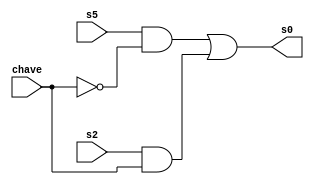

// Exemplo0034 - LU xnor e or e xor e nor
// Nome: Pedro Henrique H. Guedes

// f4_gate 

module cx1 (output [3:0] s0, 
			          input [3:0] s5, 
			          input [3:0] s2, 
			          input [3:0] chave); 
 assign s0 = (s5 & ~chave) | (s2 & chave); 
	endmodule // cx1
module cx2 (output [3:0] s1, 
			           input [3:0] s3, 
			           input [3:0] s4, 
			           input [3:0] chave); 
 assign s1 = (s3 & ~chave) | (s4 & chave); 
	endmodule // cx2
module orGate (output [3:0] s5, 
			  		input [3:0] w, 
			  		input [3:0] x); 
 assign s5 = (w | x);         
 	endmodule // orGate 
module xorGate (output [3:0] s2, 
			  		input [3:0] w, 
			  		input [3:0] x); 
 assign s2 = (w ^ x); 
	endmodule // xorGate 
module xnorGate (output [3:0] s4, 
			  		  input [3:0] w, 
			  		  input [3:0] x); 
 assign s4 = ~(w ^ x);         
 	endmodule // xnorGate 
module norGate (output [3:0] s3, 
			  		 input [3:0] w, 
			  		 input [3:0] x); 
 assign s3 = ~(w | x); 
	endmodule // norGate 
	module test_f5; 
// ------------------------- definir dados 
	reg [3:0] w; 
	reg [3:0] x; 
	reg [3:0] chave; 
	wire [3:0] s0; 
	wire [3:0] s1; 
	wire [3:0] s2; 
	wire [3:0] s3; 
	wire [3:0] s4; 
	wire [3:0] s5; 
	orGate domada (s5, w, x);
	norGate bilara (s3, w, x);
	xorGate bonanza (s2, w, x);
	xnorGate pitanga (s4, w, x);
	cx1 fox (s0, s5, s2, chave);
	cx2 danubio (s1, s3, s4, chave);
// ------------------------- parte principal 
initial begin 
	$display("Exemplo0034 - Felipe Pacifico - 389868"); 
	$display("Test LU"); 
	w = 4'b0011; x = 4'b0101;
	#1 chave = 4'b1111;
	$monitor("\n%b (| ou ~|) %b chave %b = %b e\n %b (^ ou ~^) %b chave %b = %b", w, x, chave, s0, w, x, chave, s1); 
	#2 chave = 4'b0000;
	
	w = 4'b0000; x = 4'b0000;
	#1 chave = 4'b1111;
	$monitor("\n%b (| ou ~|) %b chave %b = %b e\n %b (^ ou ~^) %b chave %b = %b", w, x, chave, s0, w, x, chave, s1); 
	#2 chave = 4'b0000;
	
	w = 4'b0010; x = 4'b0001;
	#1 chave = 4'b1111;
	$monitor("\n%b (| ou ~|) %b chave %b = %b e\n %b (^ ou ~^) %b chave %b = %b", w, x, chave, s0, w, x, chave, s1); 
	#2 chave = 4'b0000;
	
	w = 4'b0001; x = 4'b0011;
	#1 chave = 4'b1111;
	$monitor("\n%b (| ou ~|) %b chave %b = %b e\n %b (^ ou ~^) %b chave %b = %b", w, x, chave, s0, w, x, chave, s1); 
	#2 chave = 4'b0000;
	
	w = 4'b0101; x = 4'b0010;
	#1 chave = 4'b1111;
	$monitor("\n%b (| ou ~|) %b chave %b = %b e\n %b (^ ou ~^) %b chave %b = %b", w, x, chave, s0, w, x, chave, s1); 
	#2 chave = 4'b0000;
	
	w = 4'b1010; x = 4'b0011;
	#1 chave = 4'b1111;
	$monitor("\n%b (| ou ~|) %b chave %b = %b e\n %b (^ ou ~^) %b chave %b = %b", w, x, chave, s0, w, x, chave, s1); 
	#2 chave = 4'b0000;
	
	w = 4'b1001; x = 4'b0011;
	#1 chave = 4'b1111;
	$monitor("\n%b (| ou ~|) %b chave %b = %b e\n %b (^ ou ~^) %b chave %b = %b", w, x, chave, s0, w, x, chave, s1); 
	#2 chave = 4'b0000;
end 
endmodule // test_f5